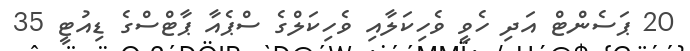
20 ޕަސެންޓް އަދި ހެވީ ވެހިކަލާއި ވެހިކަލްގެ ސްޕެއާ ޕާޓްސްގެ ޑިއުޓީ 35